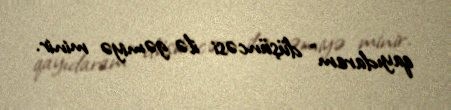
qayıdaram" düşüncəsi ilə gəmiyə minir.